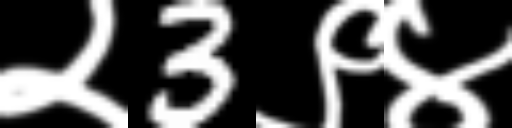
Text: २3९४